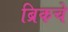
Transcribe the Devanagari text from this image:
ब्रिकचे